Civil Veterinary Department ledger series I-VI
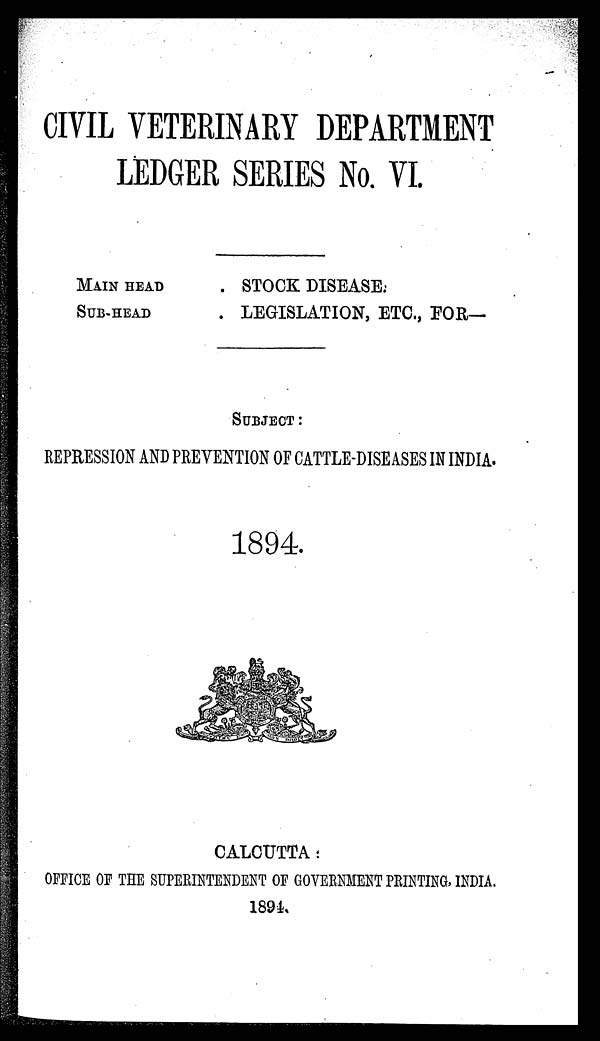
CIVIL VETERINARY DEPARTMENT
LEDGER SERIES No. VI.
MAIN HEAD
SUB-HEAD
. STOCK DISEASE.
. LEGISLATION, ETC., FOR—
SUBJECT:
REPRESSION AND PREVENTION OF CATTLE-DISEASES IN INDIA.
1894.
CALCUTTA:
OFFICE OF THE SUPERINTENDENT OF GOVERNMENT PRINTING, INDIA.
1894.